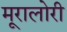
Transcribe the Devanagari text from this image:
मूरालोरी